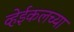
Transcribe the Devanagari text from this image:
व्हेईकलच्या